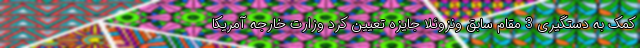
کمک به دستگیری 3 مقام سابق ونزوئلا جایزه تعیین کرد وزارت خارجه آمریکا